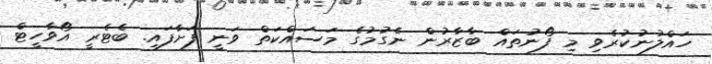
ހައްލުނުކުރެވި މި ފޯނުތައް ބާޒާރުން ނެގުމުގެ މަސައްކަތް ވަނީ ފަށާފައި. ބެޓެރީ އޯވާހީޓް